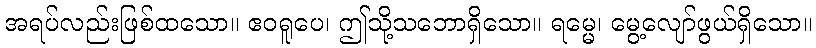
အရပ်လည်းဖြစ်ထသော။ ဧဝရူပေ၊ ဤသို့သဘောရှိသော။ ရမ္မေ၊ မွေ့လျော်ဖွယ်ရှိသော။